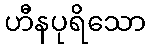
ဟီနပုရိသော